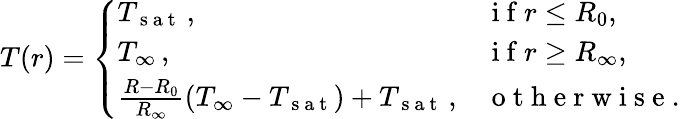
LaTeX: \begin{array}{r}{T(r)=\left\{ \begin{array}{ll}{T_{\mathrm{~s~a~t~}}\, ,}&{\mathrm{~i~f~}r\leq R_{0},}\\ {T_{\infty}\, ,}&{\mathrm{~i~f~}r\geq R_{\infty},}\\ {\frac{R-R_{0}}{R_{\infty}}(T_{\infty}-T_{\mathrm{~s~a~t~}})+T_{\mathrm{~s~a~t~}}\, ,}&{\mathrm{~o~t~h~e~r~w~i~s~e~.~}}\end{array}\right.}\end{array}